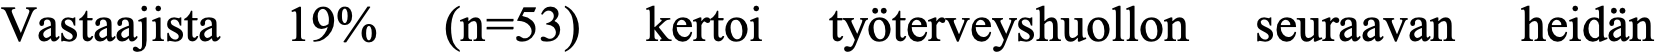
Vastaajista 19% (n=53) kertoi työterveyshuollon seuraavan heidän